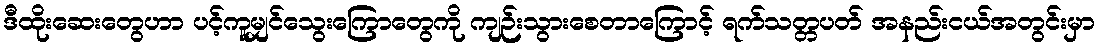
ဒီထိုးဆေးတွေဟာ ပင့်ကူမျှင်သွေးကြောတွေကို ကျဉ်းသွားစေတာကြောင့် ရက်သတ္တပတ် အနည်းငယ်အတွင်းမှာ